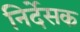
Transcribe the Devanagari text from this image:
निर्देसक